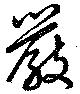
嚴